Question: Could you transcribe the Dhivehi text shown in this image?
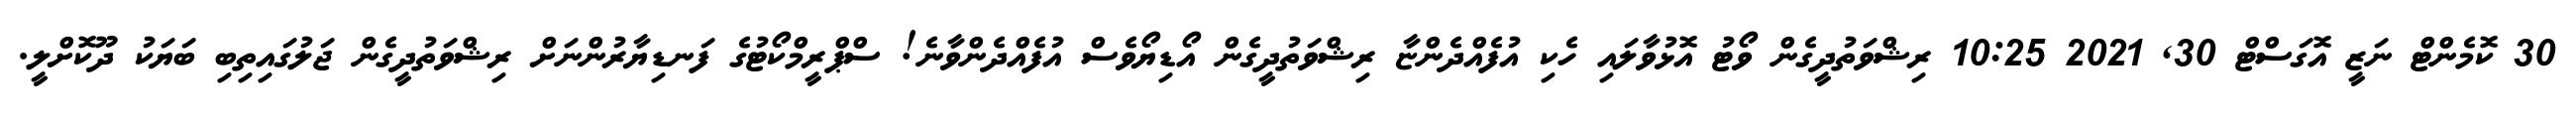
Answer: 30 ކޮމެންޓް ނަޒީ އޮގަސްޓް 30, 2021 10:25 ރިޝްވަތުދީގެން ވޯޓު އޮޅުވާލައި ހެކި އުފެއްދެންޏާ ރިޝްވަތުދީގެން އޯޑިޔޯވެސް އުފެއްދެންވާނެ! ސްޕްރީމްކޯޓުގެ ފަނޑިޔާރުންނަށް ރިޝްވަތުދީގެން ޖަލުގައިތިބި ބަޔަކު ދޫކޮށްލީ.